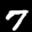
Label: 7